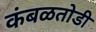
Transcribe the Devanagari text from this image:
कंबळतोडी